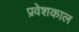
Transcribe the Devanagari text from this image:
प्रवेशकाल